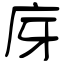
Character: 庌